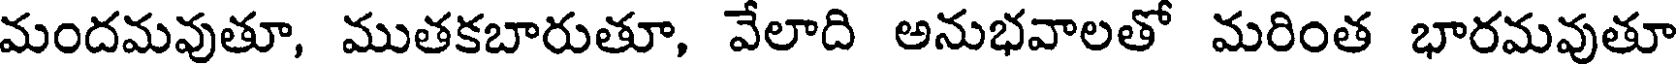
మందమవుతూ, ముతకబారుతూ, వేలాది అనుభవాలతో మరింత భారమవుతూ